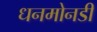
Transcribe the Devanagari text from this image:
धनमोनडी